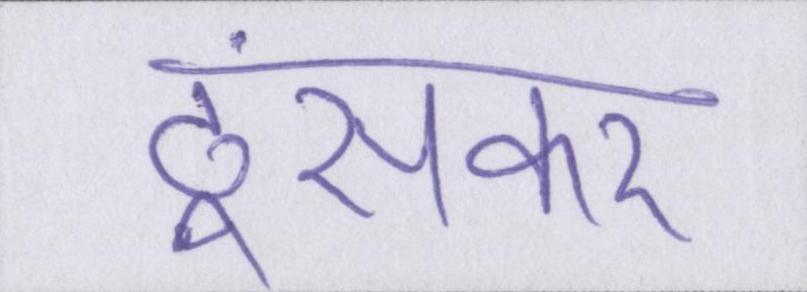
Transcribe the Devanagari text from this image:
ठूंसकर